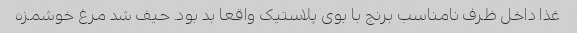
غذا داخل ظرف نامناسب برنج با بوی پلاستیک واقعا بد بود. حیف شد مرغ خوشمزه